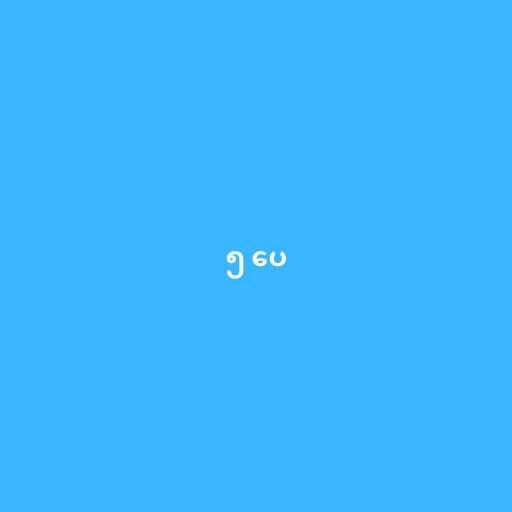
၅ ပေ